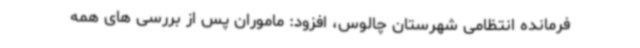
فرمانده انتظامی شهرستان چالوس، افزود: ماموران پس از بررسی های همه